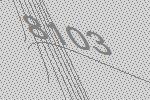
8103